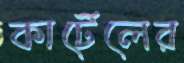
কার্টেলের